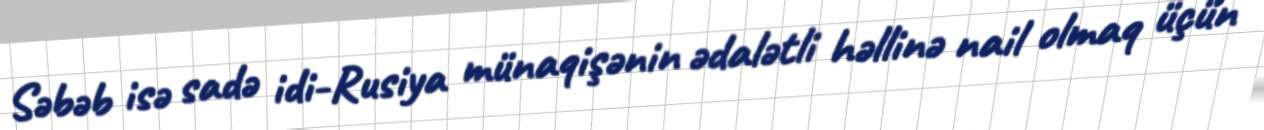
Səbəb isə sadə idi-Rusiya münaqişənin ədalətli həllinə nail olmaq üçün